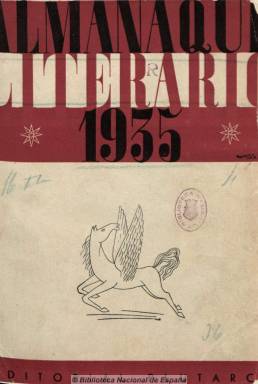
Título: Almanaque literario (Madrid. 1935)
Colección: Literatura
Ámbito geográfico: Madrid
Lugar de publicación: Madrid
Fechas: 01/01/1935-01/01/1935

Publicado por Guillermo de Torre, Miguel Pérez Ferrero y E. Salazar y Chapela, siendo la portada y su confección obra de Mauricio Amster y con el propósito de seguir siendo editado en años posteriores (cosa que no ocurrió al estallar la guerra civil), contiene trabajos originales que ofrecen un registro anual de la vida literaria e intelectual del año anterior: 1934. La publicación quiere ser como una “revista extraordinaria y a la vez magazine” crítico y literario, con el deseo de que desfilen por sus páginas todas las figuras y todas las realizaciones elaboradas por los intelectuales españoles en su condición de “escritores militantes, de críticos o comentaristas” de periódicos y revistas, tal como señalan sus editores en el frontispicio de la publicación. Se trata de un proyecto enraizado en la vieja tradición “almanaquista”, pero contrario al “hibridismo políticoliterario”, que quiere dar cabida a la “totalidad de las letras españolas, sin exclusiones ni sectarismos”, en unos momentos especiales para la vida intelectual del país.

Junto a los textos, aparecen los grabados de Norah Borges de Torre y alguno de Maruja Mallo. Federico García Lorca será el único que publique composiciones en verso. Comienza con un calendario y efemérides literarias y continúa con un balance literario tanto de España en general y por sus regiones como del extranjero, en concreto de los países europeos e hispanoaméricanos. Sus artículos versarán también sobre los libros publicados en torno a la música, arquitectura, cinematografía, universidad, ciencia, medicina, educación y pedagogía e historia. También sobre la literatura en revistas y en la radio, el movimiento editorial, las Misiones Pedagógicas y la compañía teatral La Barraca. Otras páginas estarán dedicadas a textos sobre conmemoraciones y homenajes.

Los autores de sus textos componen una larga nómina: José F. Montesinos, José Camón Aznar, Enrique Díez-Canedo, Bernardo G. de Candamo, Juan Chabás, José Bergamín, María Zambrano… Incluye tres encuestas a las que contestan una larga lista de personalidades de la cultura española: Juan Ramón Jiménez, Pío Baroja, José Solana, Ramón Pérez de Ayala, Ramón Gómez de la Serna, Antonio Machado, Eugenio D’Ors... Al final del volumen, que supera las 300 páginas, ofrece un índice general.